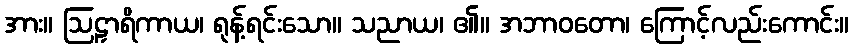
အား။ ဩဠှာရိကာယ၊ ရုန့်ရင်းသော။ သညာယ၊ ၏။ အဘာဝတော၊ ကြောင့်လည်းကောင်း။